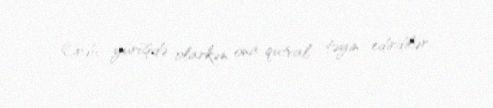
Ordu yürüşdə olarkən ona qutval təyin edirdilər.